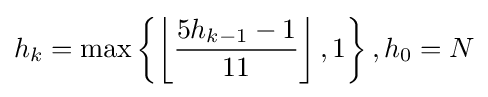
h_{k}=\max \left\{\left\lfloor {\frac {5h_{k-1}-1}{11}}\right\rfloor ,1\right\},h_{0}=N